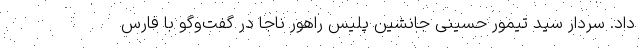
داد. سردار سید تیمور حسینی جانشین پلیس راهور ناجا در گفت‌وگو با فارس